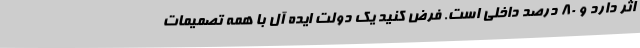
اثر دارد و ۸۰ درصد داخلی است. فرض کنید یک دولت ایده آل با همه تصمیمات